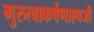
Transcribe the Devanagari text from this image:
गुरुत्वाकर्षणाएवजी